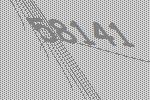
58141